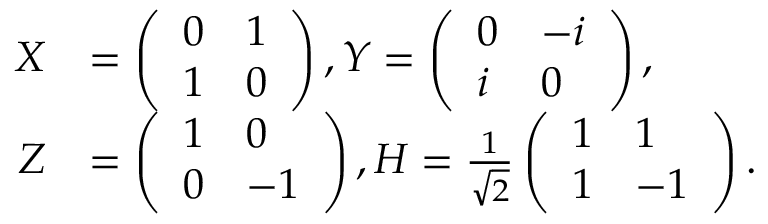
\begin{array} { r l } { X } & { = \left( \begin{array} { l l } { 0 } & { 1 } \\ { 1 } & { 0 } \end{array} \right) , Y = \left( \begin{array} { l l } { 0 } & { - i } \\ { i } & { 0 } \end{array} \right) , } \\ { Z } & { = \left( \begin{array} { l l } { 1 } & { 0 } \\ { 0 } & { - 1 } \end{array} \right) , H = \frac { 1 } { \sqrt { 2 } } \left( \begin{array} { l l } { 1 } & { 1 } \\ { 1 } & { - 1 } \end{array} \right) . } \end{array}